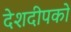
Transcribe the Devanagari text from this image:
देशदीपको